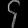
Digit: ၄